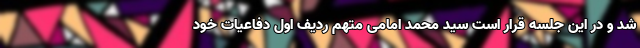
شد و در این جلسه قرار است سید محمد امامی متهم ردیف اول دفاعیات خود